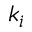
k _ { i }